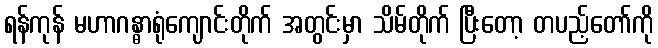
ရန်ကုန် မဟာဂန္ဓာရုံကျောင်းတိုက် အတွင်းမှာ သိမ်တိုက် ပြီးတော့ တပည့်တော်ကို